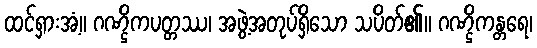
ထင်ရှားအံ့။ ဂဏ္ဌိကပတ္တဿ၊ အဖွဲ့အတုပ်ရှိသော သပိတ်၏။ ဂဏ္ဌိကန္တရေ၊